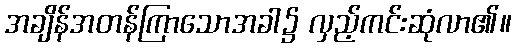
အချိန်အတန်ကြာသောအခါ၌ လှည့်ကင်းဆုံလာ၏။